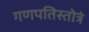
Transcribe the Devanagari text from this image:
गणपतिस्तोत्रं